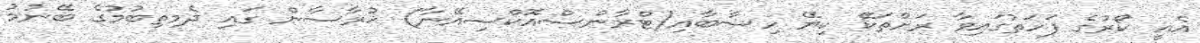
އެއީ ކޯރުގެ ފަހަތުގައިވާ ރަށްތަކޭ ކިޔޭ ހިސާބާއި(ޓްރާންސްއޮކްސިއޭނާ) ޚުރާސާން ގައި ދެމިތިބުމުގެ ބޭނުމު